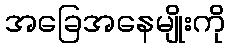
အခြေအနေမျိုးကို